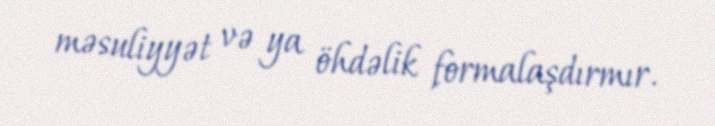
məsuliyyət və ya öhdəlik formalaşdırmır.